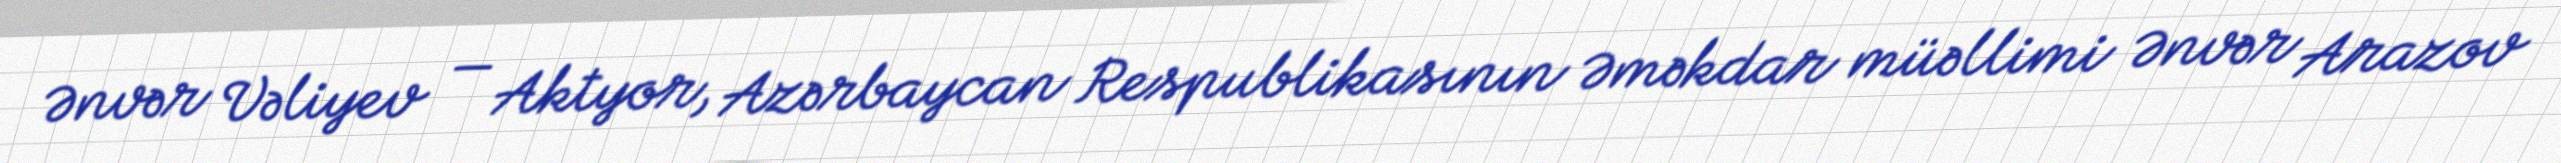
Ənvər Vəliyev — Aktyor, Azərbaycan Respublikasının Əməkdar müəllimi Ənvər Arazov